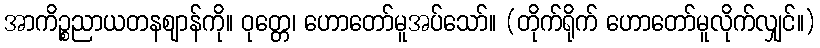
အာကိဉ္စညာယတနဈာန်ကို။ ဝုတ္တေ၊ ဟောတော်မူအပ်သော်။ (တိုက်ရိုက် ဟောတော်မူလိုက်လျှင်။)